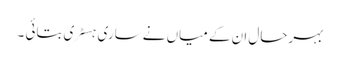
بہرحال ان کے میاں نے ساری ہسٹری بتائی ۔